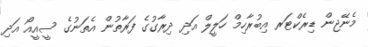
މެނޭޖިން ޑިރެކްޓަރ އިބުރާހިމް ހަލީލް އަދި ދިރާގުގެ ފަރާތުން އެތަނުގެ ސީއީއޯ އަދި